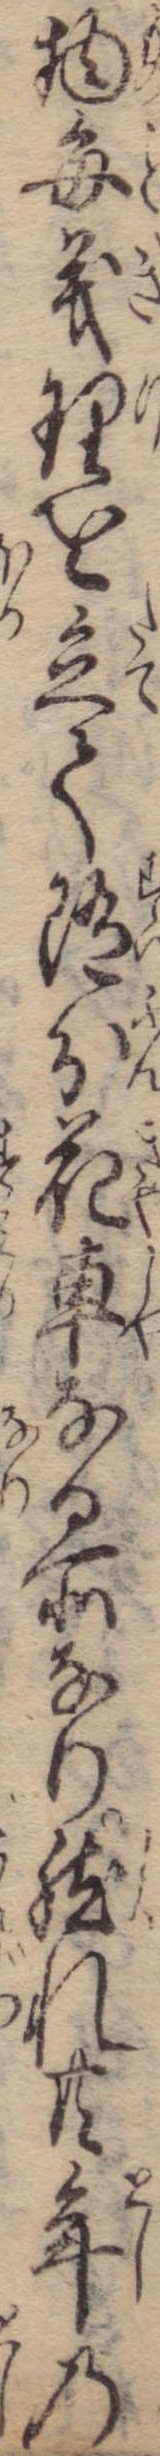
物毎義理を立て随分花車なる所なり然れ共年の